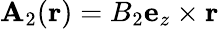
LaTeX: \mathbf{A}_{2}(\mathbf{r})=B_{2}\mathbf{e}_{z}\times\mathbf{r}